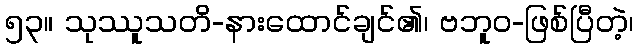
၅၃။ သုဿူသတိ-နားထောင်ချင်၏၊ ဗဘူဝ-ဖြစ်ပြီတဲ့၊